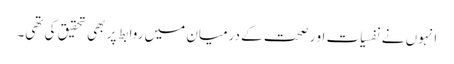
انہوں نے نفسیات او رصحت کے درمیان میں روابط پر بھی تحقیق کی تھی۔